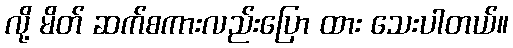
လို့ မိတ် ဆက်စကားလည်းပြော ထား သေးပါတယ်။